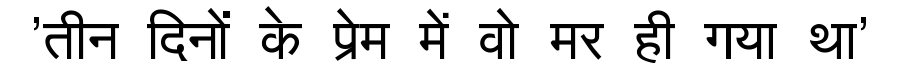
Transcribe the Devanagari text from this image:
'तीन दिनों के प्रेम में वो मर ही गया था'